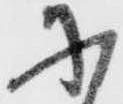
に